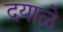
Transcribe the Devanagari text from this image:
दयाळे